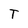
Character: T